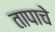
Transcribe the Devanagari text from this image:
तापाचे